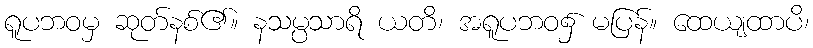
ရူပဘဝမှ ဆုတ်နစ်၏။ နသမ္ပသာရိ ယတိ၊ အရူပဘဝ၌ မပြန်။ ထေယျထာပိ၊